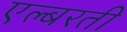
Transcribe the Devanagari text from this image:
एल्बरती